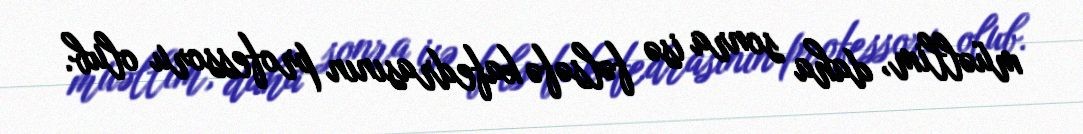
müəllim, daha sonra isə fəlsəfə kafedrasının professoru olub.